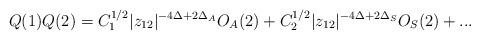
LaTeX: \begin{align*}Q(1)Q(2) = C_1^{1/2}|z_{12}|^{-4\Delta + 2\Delta_A}O_A(2) +C_2^{1/2}|z_{12}|^{-4\Delta + 2\Delta_S}O_S(2) + ...\end{align*}